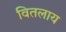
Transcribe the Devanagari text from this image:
वितलाय